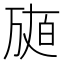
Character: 𤽩